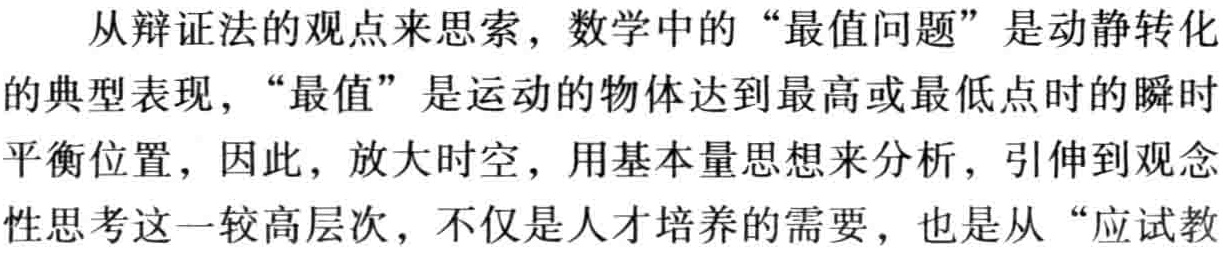
从辩证法的观点来思索，数学中的“最值问题”是动静转化的典型表现，“最值”是运动的物体达到最高或最低点时的瞬时平衡位置，因此，放大时空，用基本量思想来分析，引伸到观念性思考这一较高层次，不仅是人才培养的需要，也是从“应试教